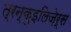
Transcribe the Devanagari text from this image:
त्रन्क़ुइलिज़ेर्स